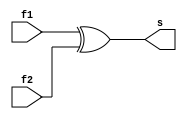
// ------------------------- 
// Exemplo0031 
// Nome: Oswaldo Oliveira Paulino 
// ------------------------- 

module SA (output s, input f1, input f2);

xor XOR1 (s,f1,f2); 

endmodule // SA

module Adder (output s1, output s2, input a, input b);

xor XOR1 (s2,a,b);
and AND1 (s1,a,b);				 				

endmodule // Adder

module  FullAdder (output s3, output s4,input e1, input e2, input c);
wire p1, p2,p3;

Adder HA1 (p1,p2,e1,e2);
Adder HA2 (s3,p3,p1,c);
xor XOR1 (s4,p3,p2);

endmodule // FullAdder

module Selecionador (output [4:0]s,input[3:0] a,
                     input[3:0] b, input carry);
wire  w1,w2,w3,w4,p1,p2,p3,p4;

SA c1 (w1,b[0],carry);
SA c2 (w2,b[1],carry);
SA c3 (w3,b[2],carry);
SA c4 (w4,b[3],carry);
FullAdder FU1 (s[0],p1,a[0],w1,carry);
FullAdder FU2 (s[1],p2,a[1],w2,p1);
FullAdder FU3 (s[2],p3,a[2],w3,p2);
FullAdder FU4 (s[3],p4,a[3],w4,p3);
SA c5 (s[4],p4,carry);

endmodule // Selecionador

module test_EX1; 

// ------------------------- definir dados 

reg[3:0] x, y;
reg z;  
wire[4:0] p;

Selecionador modulo (p, x, y, z); 

// ------------------------- parte principal 

initial begin 
$display("Exemplo0031 - Oswaldo Oliveira Paulino - 382175"); 
$display("Test LU's module"); 

x = 4'b0000; y = 4'b0000; z = 'b0;

// projetar testes do modulo 
#1 $display("\n a    b   carry   s"); 
#1 $monitor("%4b %4b   %b   %4b" ,x,y,z,p); 

#1 x = 4'b0001; y = 4'b0000; z = 'b0;
#1 x = 4'b0001; y = 4'b0001; z = 'b0;
#1 x = 4'b0010; y = 4'b0001; z = 'b0;
#1 x = 4'b0010; y = 4'b0010; z = 'b0;
#1 x = 4'b0011; y = 4'b0010; z = 'b0;
#1 x = 4'b0011; y = 4'b0011; z = 'b0;
#1 x = 4'b0100; y = 4'b0011; z = 'b0;
#1 x = 4'b0100; y = 4'b0100; z = 'b0;
#1 x = 4'b0101; y = 4'b0100; z = 'b0;
#1 x = 4'b0101; y = 4'b0101; z = 'b0;
#1 x = 4'b0110; y = 4'b0101; z = 'b0;
#1 x = 4'b0110; y = 4'b0110; z = 'b0;
#1 x = 4'b0111; y = 4'b0110; z = 'b0;
#1 x = 4'b0111; y = 4'b0111; z = 'b1;
#1 x = 4'b1000; y = 4'b0111; z = 'b1;
#1 x = 4'b1000; y = 4'b1000; z = 'b1;
#1 x = 4'b1001; y = 4'b1000; z = 'b1;
#1 x = 4'b1001; y = 4'b1001; z = 'b1;
#1 x = 4'b1010; y = 4'b1001; z = 'b1;
#1 x = 4'b1010; y = 4'b1010; z = 'b1;
#1 x = 4'b1011; y = 4'b1010; z = 'b1;
#1 x = 4'b1011; y = 4'b1011; z = 'b1;
#1 x = 4'b1100; y = 4'b1011; z = 'b1;
#1 x = 4'b1100; y = 4'b1100; z = 'b1;
#1 x = 4'b1101; y = 4'b1100; z = 'b1;
#1 x = 4'b1101; y = 4'b1101; z = 'b1;
#1 x = 4'b1110; y = 4'b1101; z = 'b1;
#1 x = 4'b1110; y = 4'b1110; z = 'b1;
#1 x = 4'b1111; y = 4'b1110; z = 'b1;
#1 x = 4'b1111; y = 4'b1111; z = 'b1;


end 
endmodule